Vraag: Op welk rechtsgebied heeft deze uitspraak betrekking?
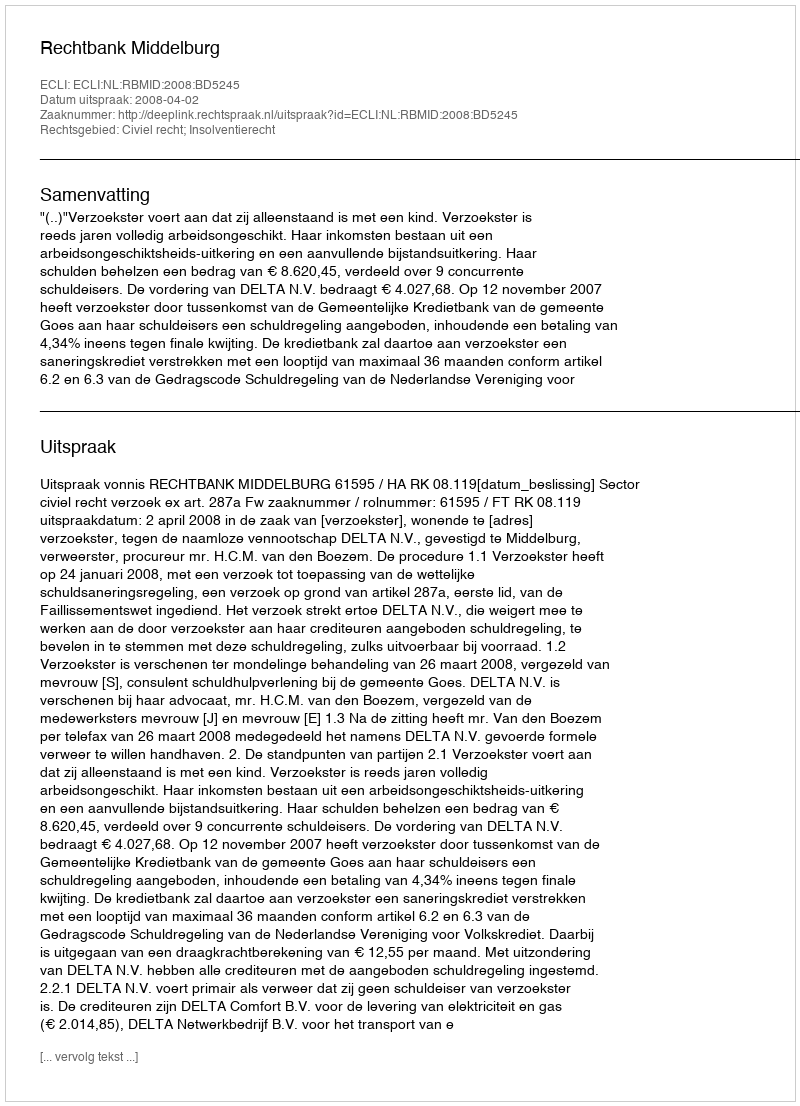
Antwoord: Civiel recht; Insolventierecht